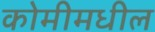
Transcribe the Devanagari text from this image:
कोमीमधील